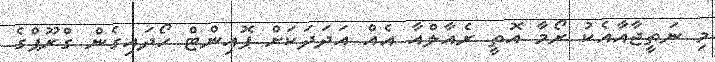
މި ނަތީޖާއާއެކު ރޯމާ އޮތީ ރެއާލްއާ އެއް އަދަދަކަށް ޕޮއިންޓް ހޯދައިގެން ގްރޫޕްގެ